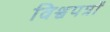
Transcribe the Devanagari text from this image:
विश्वपत्रों